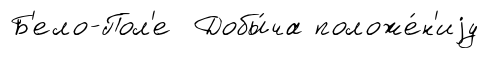
Б'ело-Пол'е Добы́ча положе́н'иjу